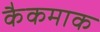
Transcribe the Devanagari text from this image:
कैकमाक